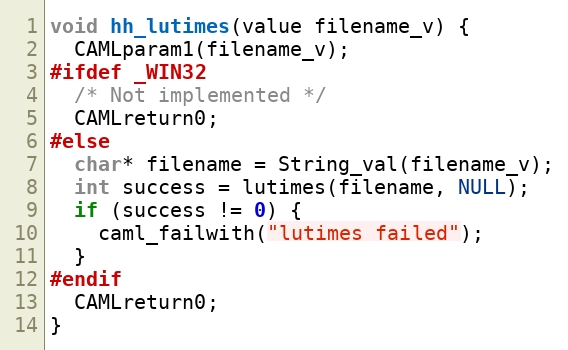
Language: C
void hh_lutimes(value filename_v) {
  CAMLparam1(filename_v);
#ifdef _WIN32
  /* Not implemented */
  CAMLreturn0;
#else
  char* filename = String_val(filename_v);
  int success = lutimes(filename, NULL);
  if (success != 0) {
    caml_failwith("lutimes failed");
  }
#endif
  CAMLreturn0;
}